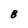
Character: 8